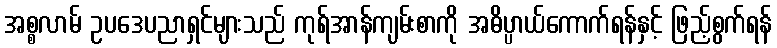
အစ္စလာမ် ဥပဒေပညာရှင်များသည် ကုရ်အာန်ကျမ်းစာကို အဓိပ္ပာယ်ကောက်ရန်နှင့် ဖြည့်စွက်ရန်